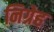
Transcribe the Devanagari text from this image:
निग्रेह